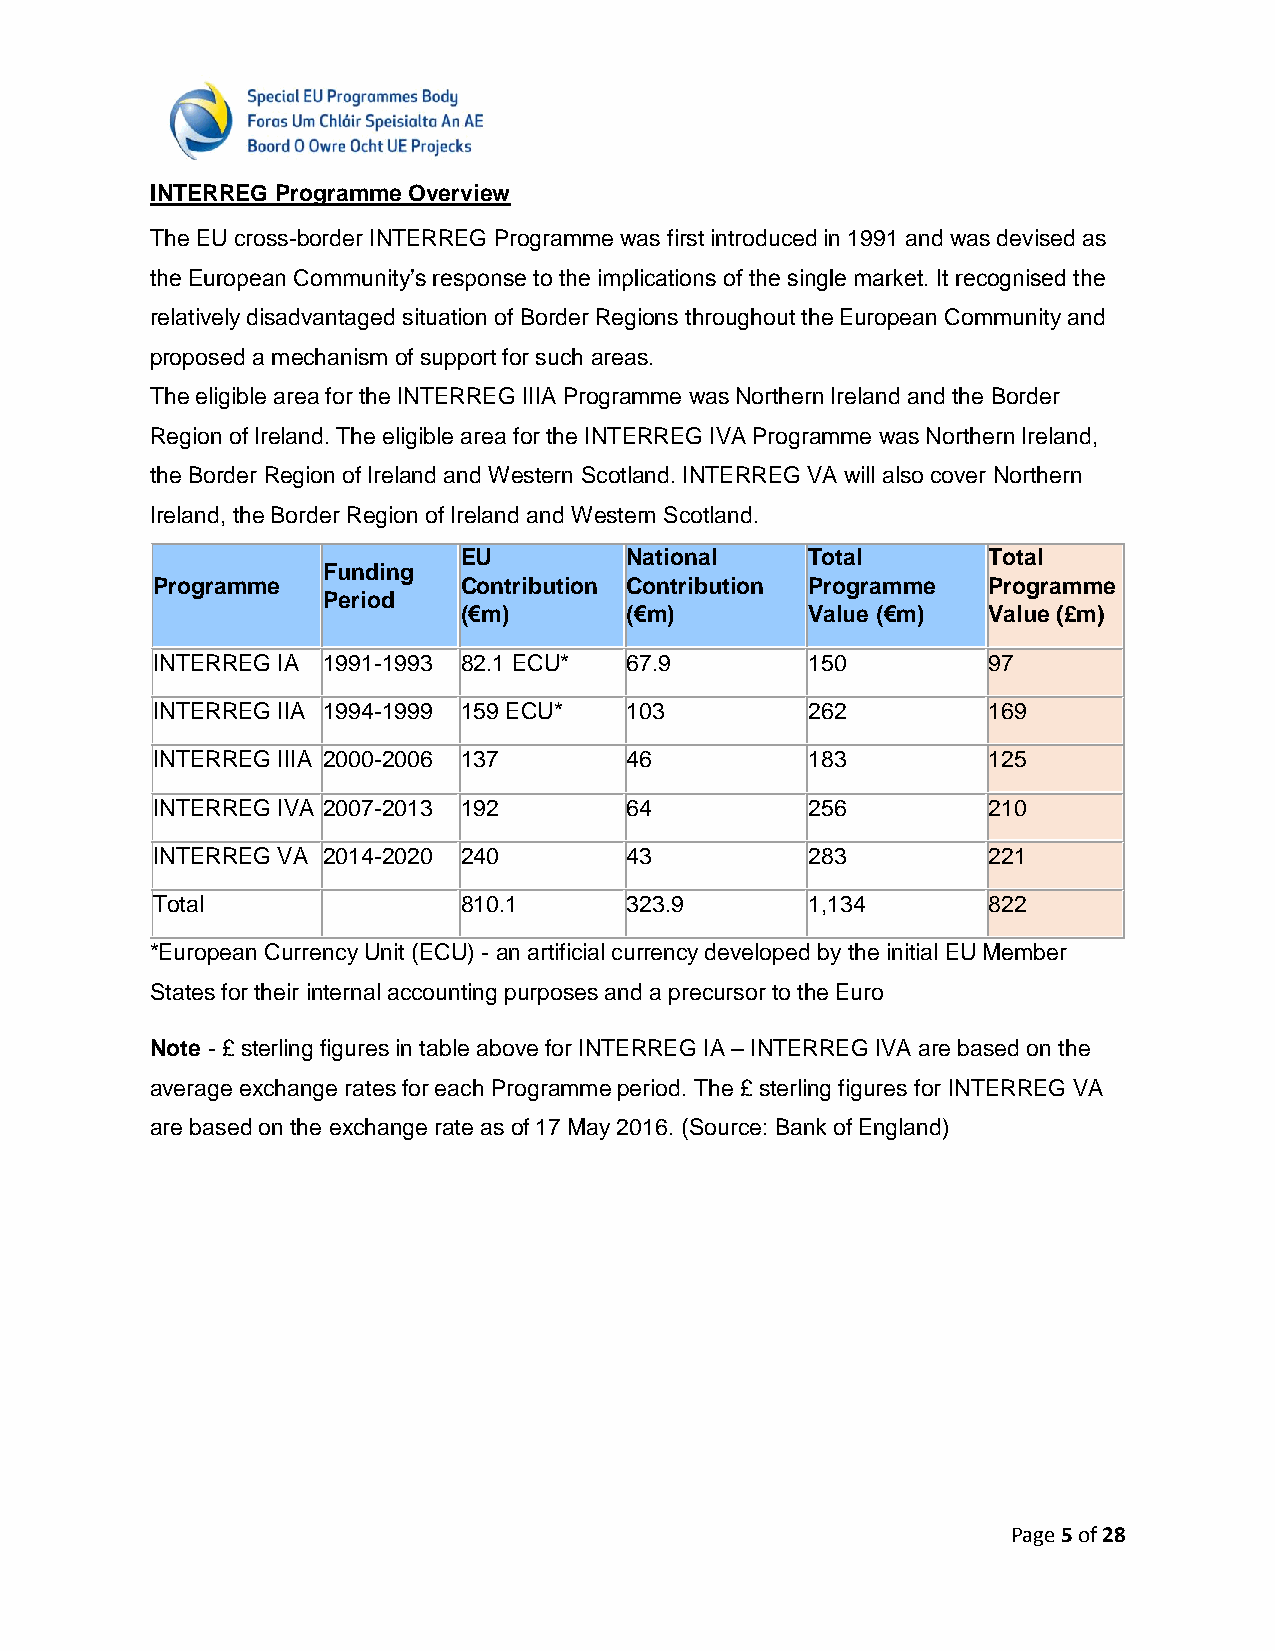
INTERREG Programme Overview
 The EU cross-border INTERREG Programme was first introduced in 1991 and was devised as
 the European Community’s response to the implications of the single market. It recognised the
 relatively disadvantaged situation of Border Regions throughout the European Community and
 proposed a mechanism of support for such areas.
 The eligible area for the INTERREG IIIA Programme was Northern Ireland and the Border
 Region of Ireland. The eligible area for the INTERREG IVA Programme was Northern Ireland,
 the Border Region of Ireland and Western Scotland. INTERREG VA will also cover Northern
 Ireland, the Border Region of Ireland and Western Scotland.
 EU         National     Total      Total
 Funding
 Programme           Contribution Contribution Programme Programme
 Period
 (€m)       (€m)         Value (€m) Value (£m)
 INTERREG IA 1991-1993 82.1 ECU* 67.9        150        97
 INTERREG IIA 1994-1999 159 ECU* 103         262        169
 INTERREG IIIA 2000-2006 137    46           183        125
 INTERREG IVA 2007-2013 192     64           256        210
 INTERREG VA 2014-2020 240      43           283        221
 Total               810.1      323.9        1,134      822
 *European Currency Unit (ECU) - an artificial currency developed by the initial EU Member
 States for their internal accounting purposes and a precursor to the Euro
 Note - £ sterling figures in table above for INTERREG IA – INTERREG IVA are based on the
 average exchange rates for each Programme period. The £ sterling figures for INTERREG VA
 are based on the exchange rate as of 17 May 2016. (Source: Bank of England)
 Page 5 of 28